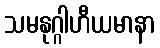
သမနုဂ္ဂါဟီယမာနာ